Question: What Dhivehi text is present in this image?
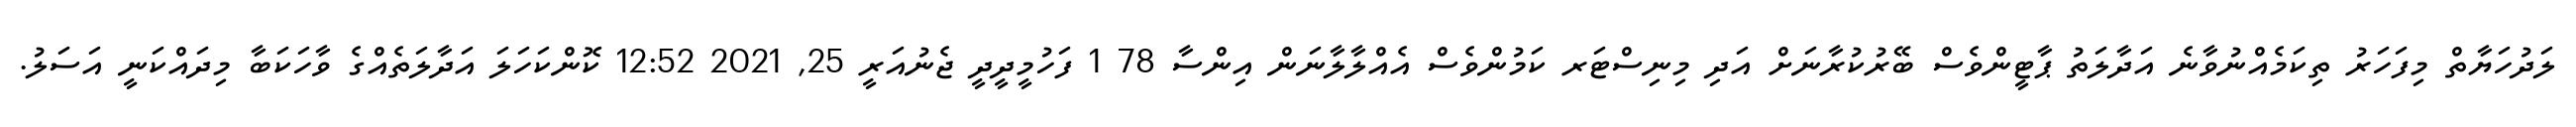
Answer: ލަދުހަޔާތް މިފަހަރު ތިކަމެއްނުވާނެ އަދާލަތު ޕާޓީންވެސް ބޭރުކުރާނަށް އަދި މިނިސްޓަރ ކަމުންވެސް އެއްލާލާނަން އިންސާ 78 1 ފަހުމީދީދީ ޖެނުއަރީ 25, 2021 12:52 ކޮންކަހަލަ އަދާލަތެއްގެ ވާހަކަބާ މިދައްކަނީ އަސަލު.